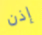
إذن